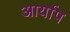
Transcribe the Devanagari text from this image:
आर्याप